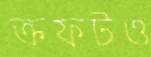
ক্রফটও